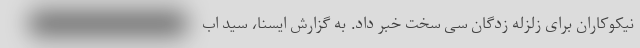
نیکوکاران برای زلزله زدگان سی سخت خبر داد. به گزارش ایسنا، سید اب